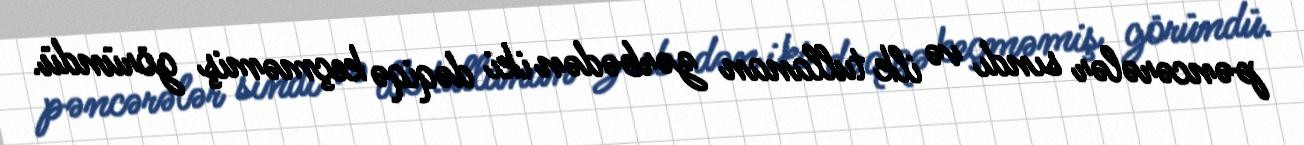
pəncərələr sındı və ilk tullanan zərbədən iki dəqiqə keçməmiş göründü.